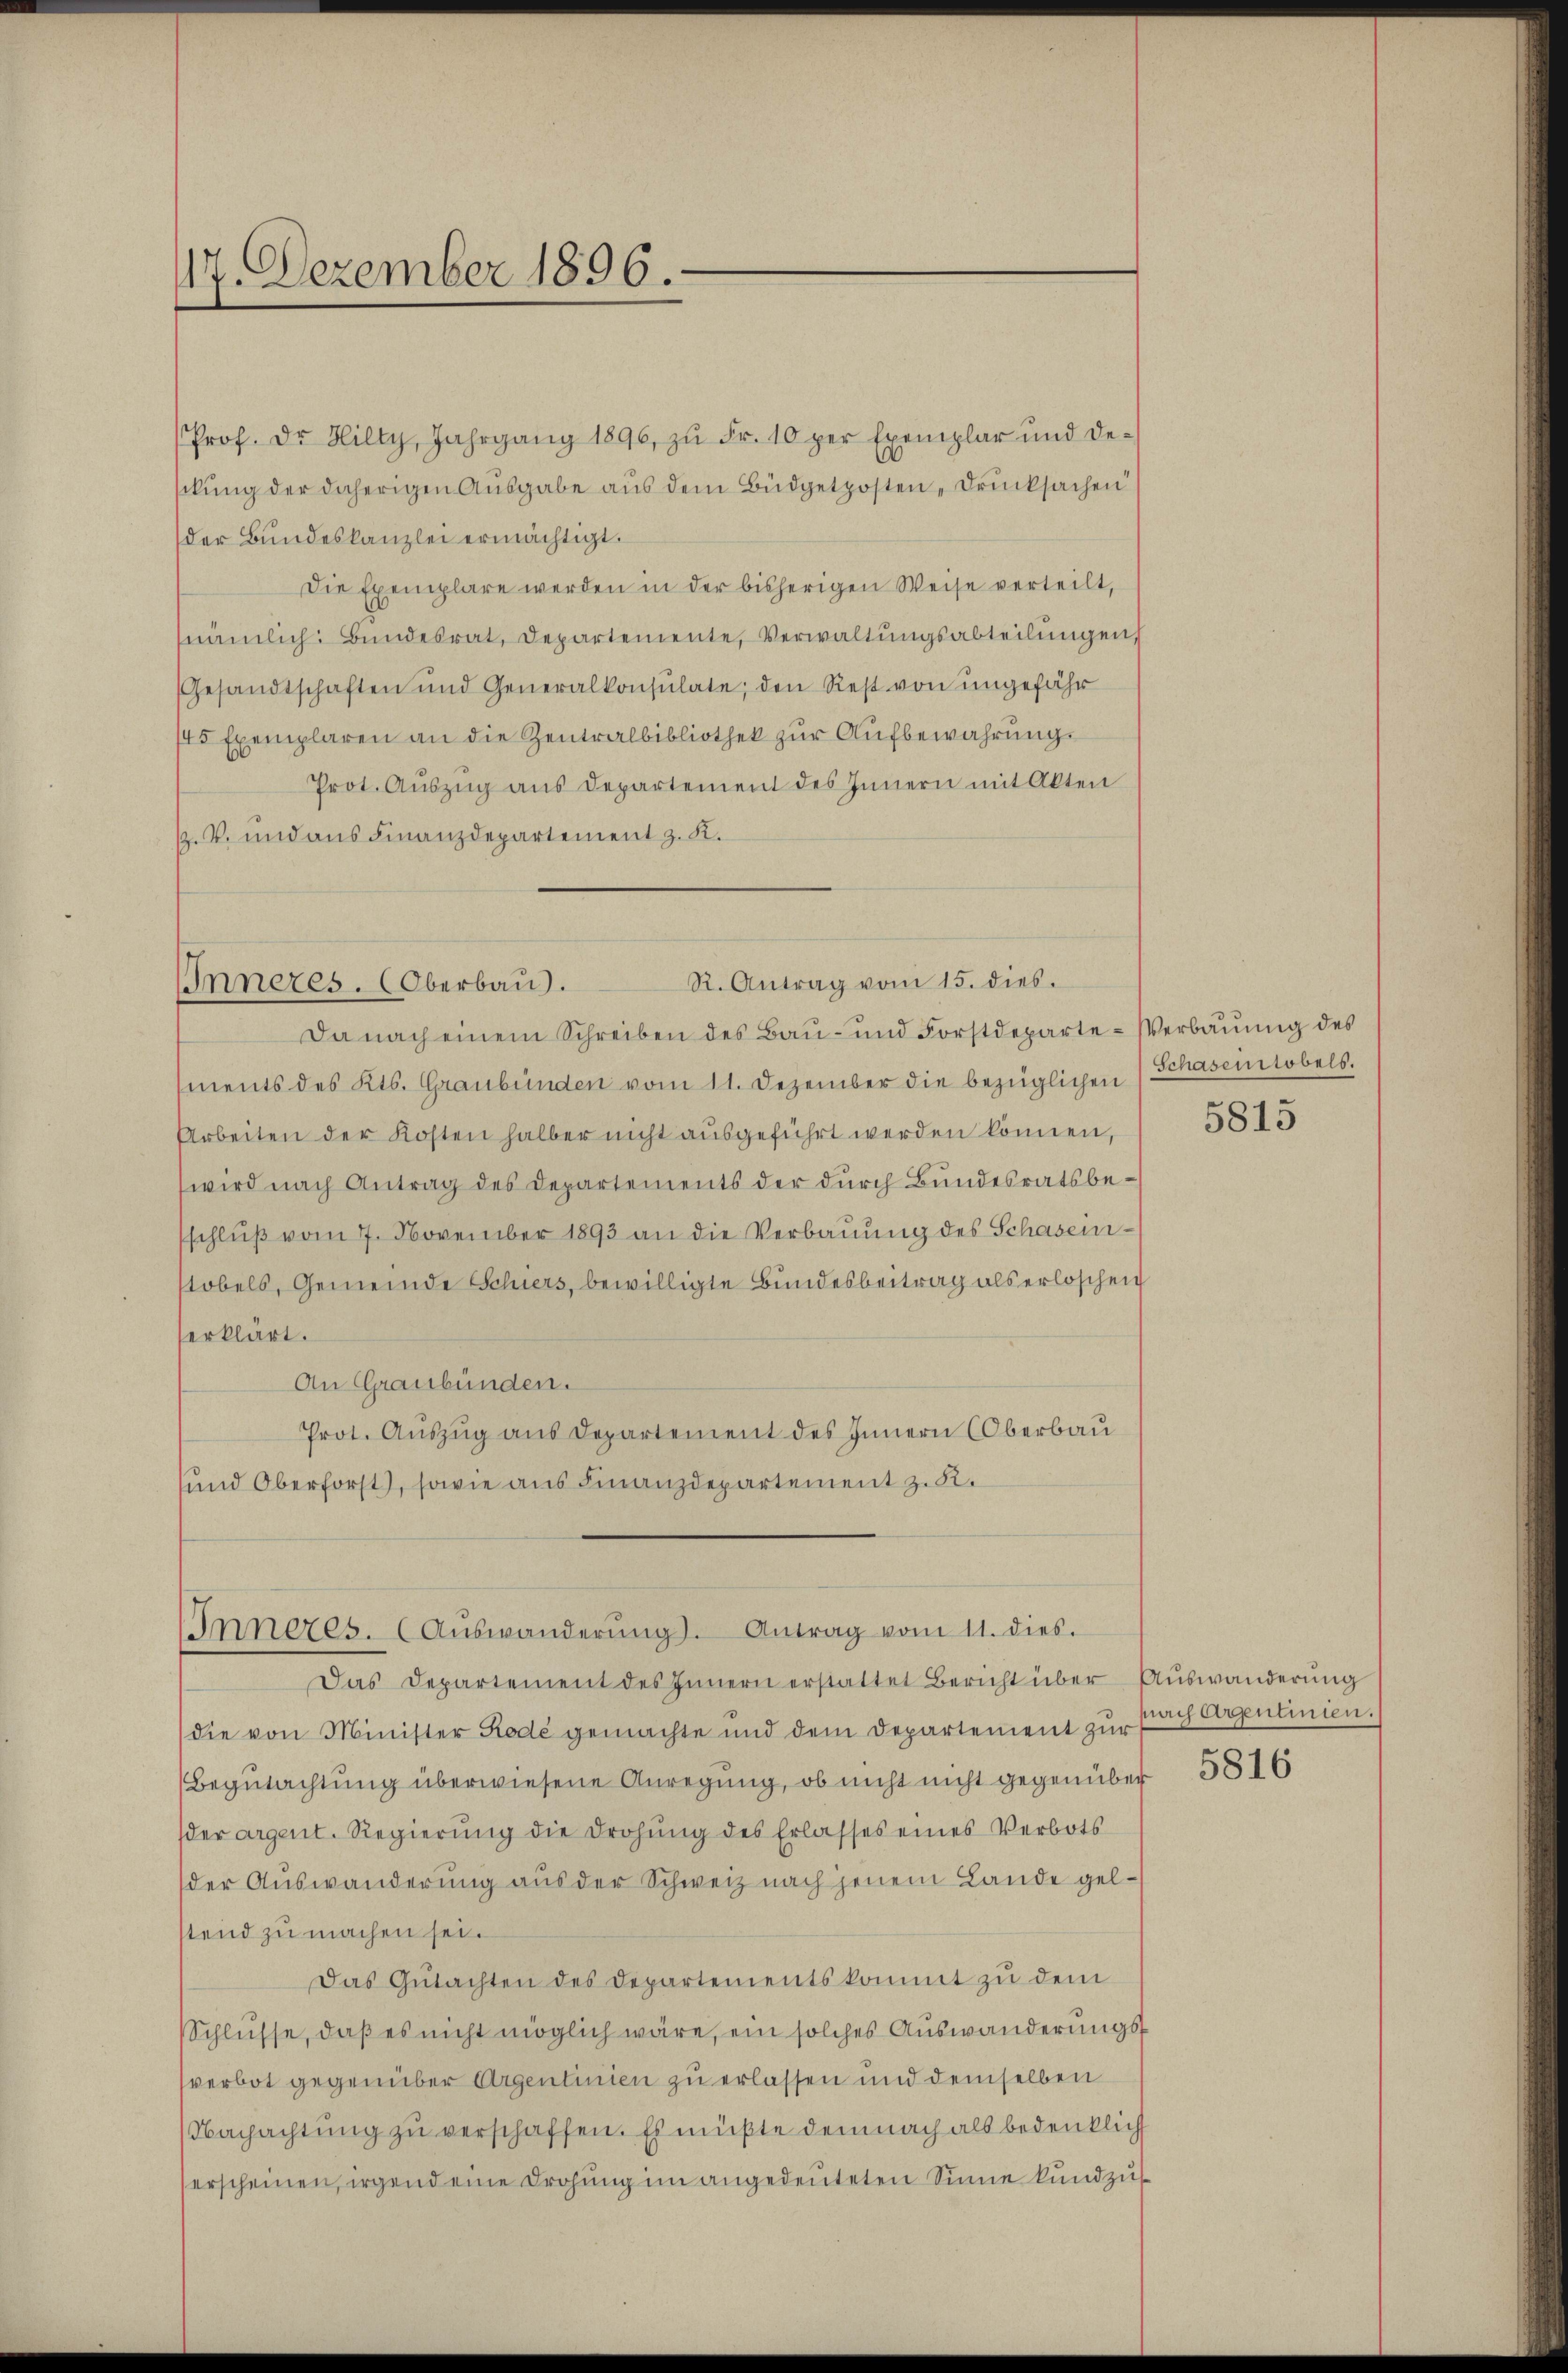
17. Dezember 1896.

R. Antrag vom 15. dies.
Inneres. (Oberbau.

Prof. Dr Hilty, Jahrgang 1896, zŭ Fr. 10 per Exemplar und de¬
A
schung der daherigen Ausgabe aus dem Büdgetposten „Drucksachen
der Bundeskanzlei ermächtigt.
Die Exemplare werden in der bisherigen Weise verteilt,
(nämlich. Bundesrat, Departemente, Verwaltungsabteilungen,
Gesandtschaften und Generalkonsulate; den Rest von ungefähr
145 Exemplaren an die Zentralbibliothek zur Aufbewahrung.
Prot. Aŭszŭg aŭs Departement des Innern mit Akten
½. V. und aus Finanzdepartement z. K.

Da nach einem Schreiben des Bau- und Forstdeparte-Verbauung des
ments des Kts. Graubünden vom 11. Dezember die bezüglichen Schasenstobels
Arbeiten der Kosten halber nicht ausgeführt werden können,
wird nach Antrag des Departements der durch Bundesratsbeschluß vom 7. November 1893 an die Verbauung des Schaseintobels, Gemeinde Schiers, bewilligte Bundesbeitrag als erloschen
erklärt.
An Graubünden.
Prot. Auszug aus Departement des Innern (Oberbau
und Oberforst, sowie aus Finanzdepartement z. R.

Inneres. (Auswanderŭng. Antrag vom 11. dies.

Das Departement des Innern erstattet Bericht über Auswanderung

die von Minister Rode gemachte und dem Departement zur
Begutachtung überwiesene Anregung, ob nicht nicht gegenüber
der argent. Regierŭng die drohŭng des Erlasses eines Verbots
der Auswanderung aus der Schweiz nach jenem Lande gelstend zu machen sei.
Das Gutachten des Departementskommt zu dem
Schlüsse, daß es nicht möglich wäre, ein solches Auswanderungssverbot gegenüber Argentinien zu erlassen und demselben
Nachachtung zu verschaffen. Es müßte demnach als bedenklich
erscheinen, irgend eine Drohung im angedeuteten Sinne kundzu¬

5815

fri Arentinien.
5816